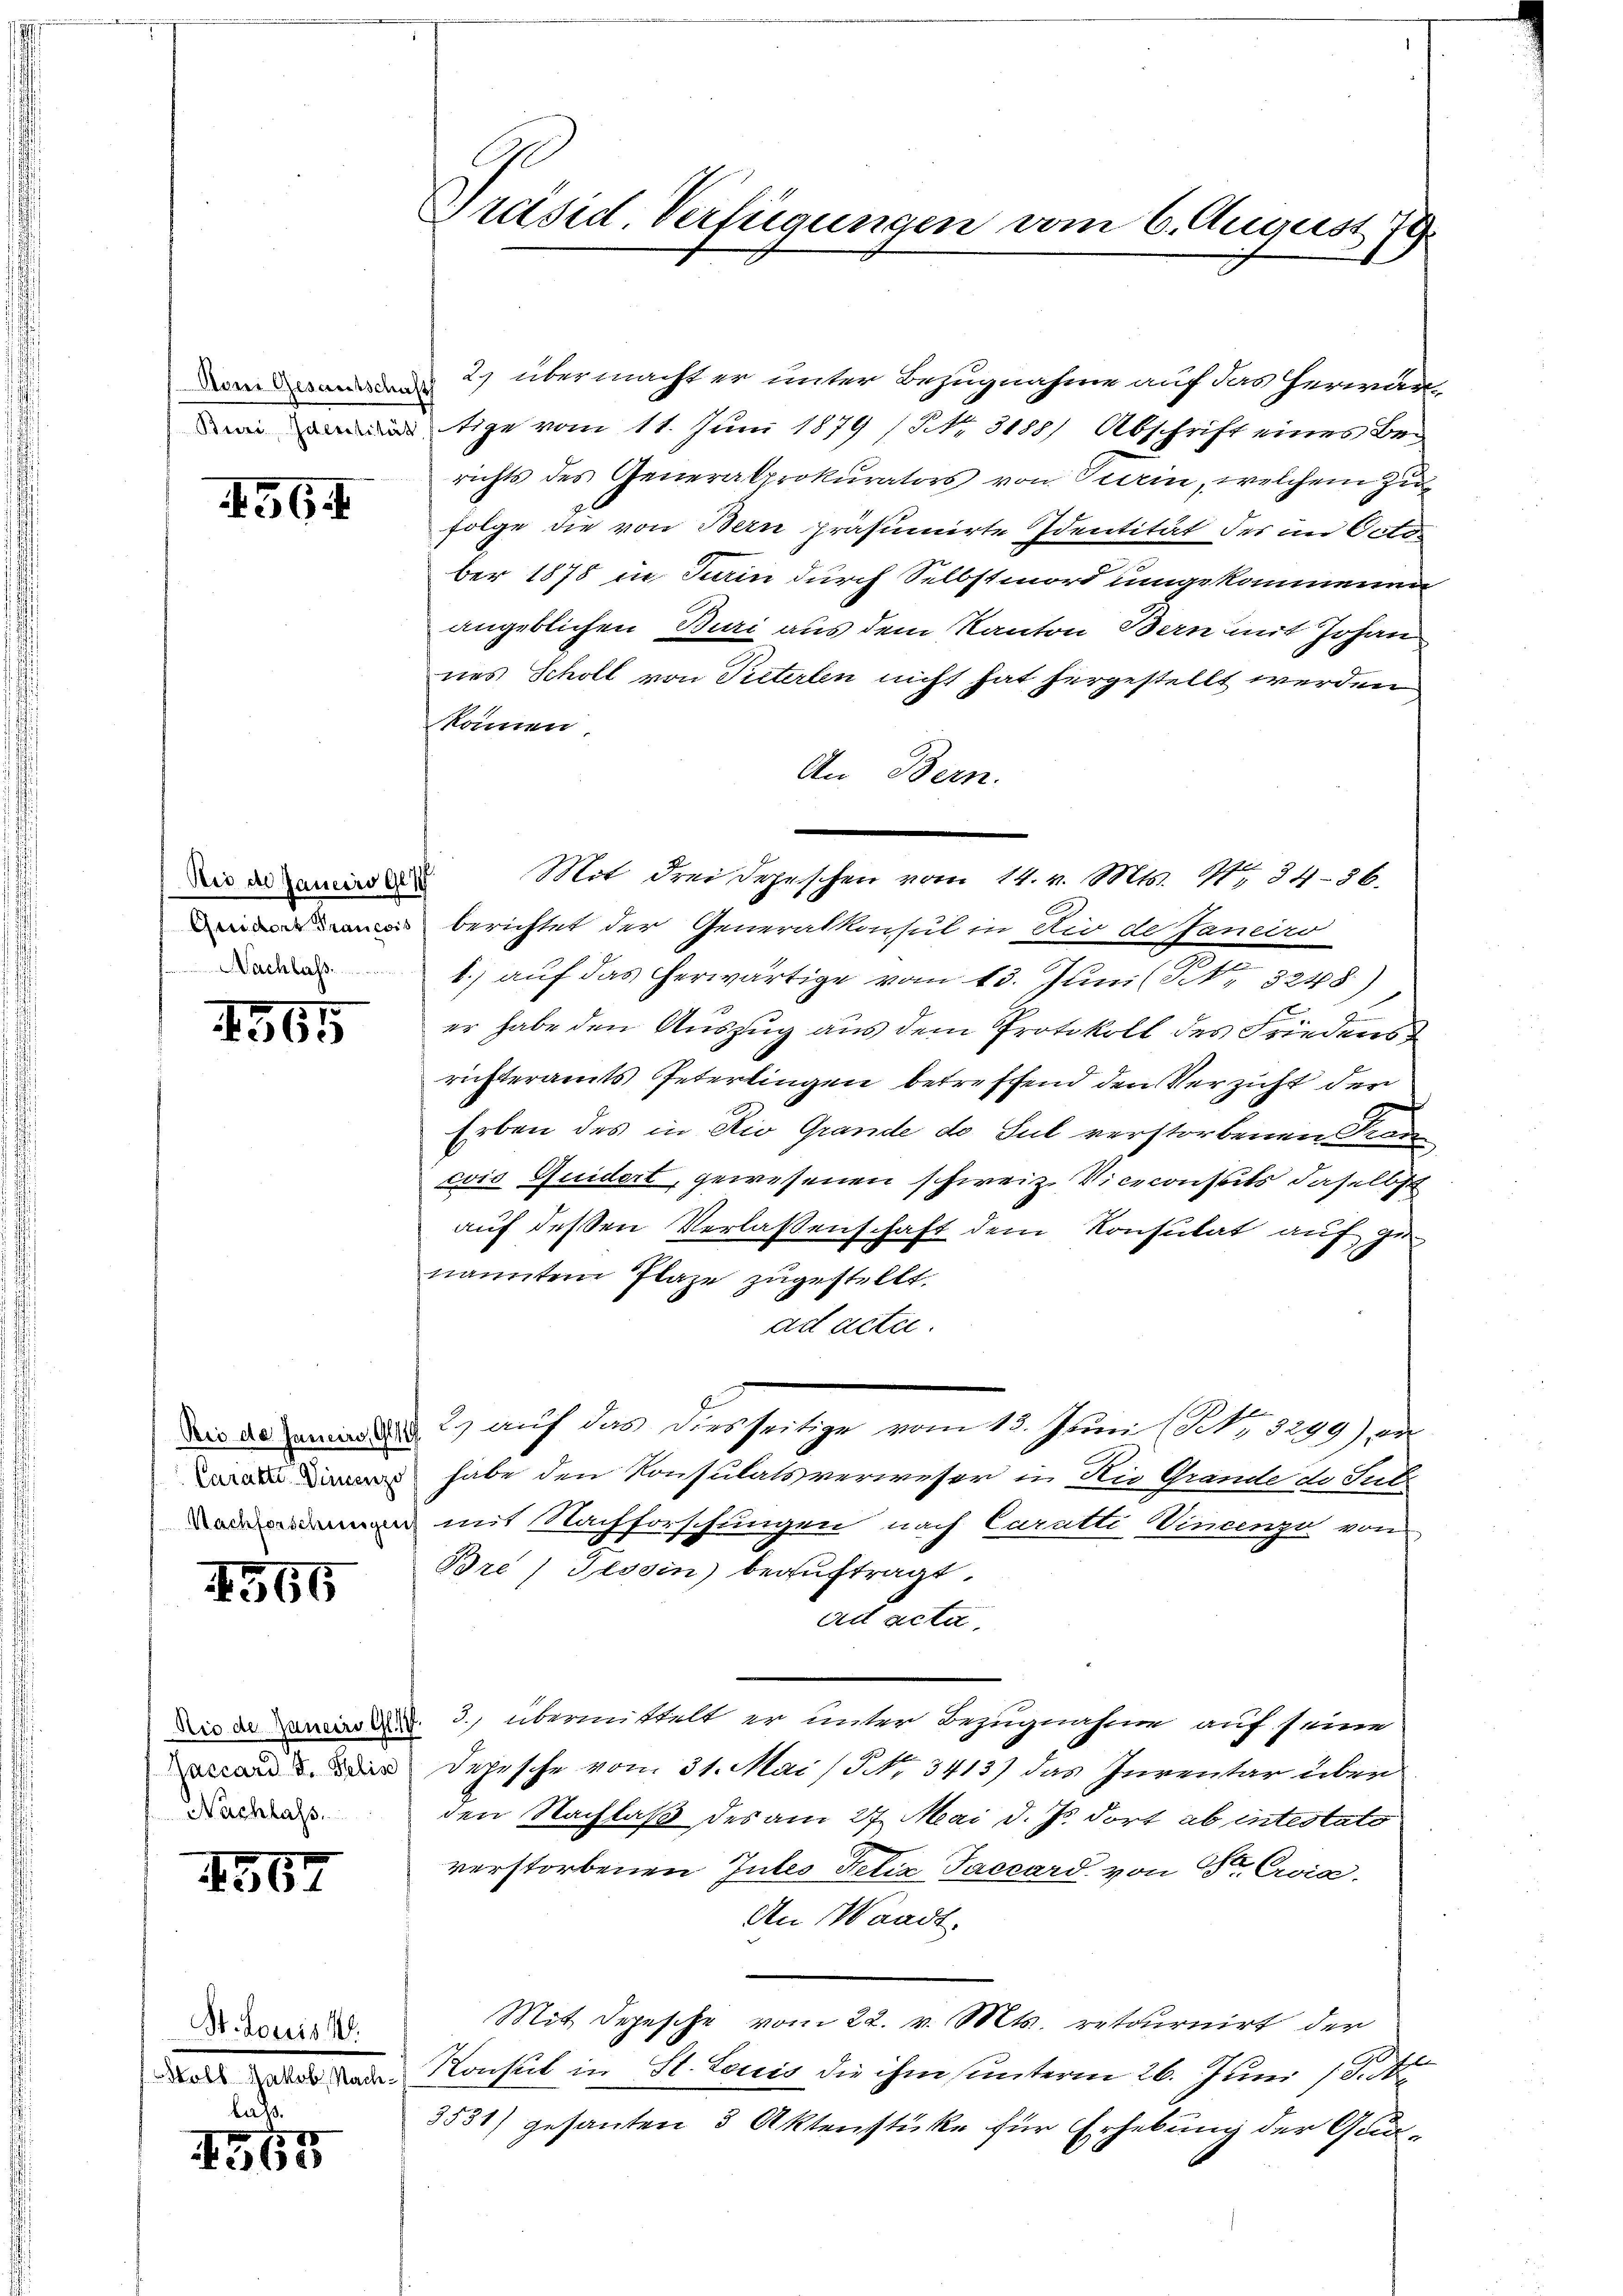
4564

Die des Janeiro Ge 1
Nachlass.

1565

1566

Nachlass.

4567

St. Louis 18.
olb Jakob Nach

lats.
1555

2) übermachter unter Bezugnahme auf das herwärtige vom 11. Juni 1879 (Nr. 3188) Abschrift eines Berichts des Generalprokurators von Turin, welchem Zu-
folge die von Bern präsumirte Identität des im Octo

ber 1878 in Turin durch Selbstmord umgekommenen
angeblichen Buri aus dem Kanton Bern mit Johan
nes Scholl von Pieterlen nicht hat hergestellt werden.
können.
An Bern.
 berichtet der Generalkonsul in Rio de Janeiro
1.) auf das herwärtige vom 13. Juni (S. 3248)
8
er habe den Auszug aus dem Protokoll des Friedens
richteramts Peterlingen betreffend den Verzicht den
Erben des in Rio Grande de Sul verstorbenen Kran
cis Quidert, gewesenen schweiz. Viceconsuls daselbst
auf deßen Verlassenschaft dem Konsulat auf genannten Plaze zugestellt,
ad acta.
Die den 2) auf das diesseitige vom 13. Juni (S. 3299), da
 habe den Konsulatsverweser in die Grände de Sub
n mit Nachforschungen nach Curatti Vincenze von
Bre) Tessin beauftragt.
ad acta.
Dir den d. 3. übermittelt er unter Bezugnahme auf seine
an u. der Depesche vom 31. Mai / NNo. 3413) das Inventar über
den Nachlaß des am 27. Mai d. Js. dort ab intestate
verstorbenen Intes Felix Taccard von 18ten Cria.
An Waadt.
Mit Depesche vom 22. v. Mts. retournirt der
Konsul in St. Louis die ihm unterm 26. Juni 18
3531) gesanten 3 Aktenstüke für Erhebung der Gan¬

Präsid Verfügungen vom 6. August 79.

Mit drei Depeschen vom 14. v. Mts. 1484-36.